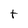
Character: t